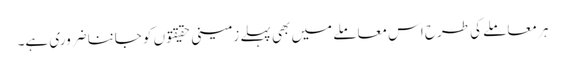
ہر معاملے کی طرح اس معاملے میں بھی پہلے زمینی حقیقتو ں کو جاننا ضروری ہے۔